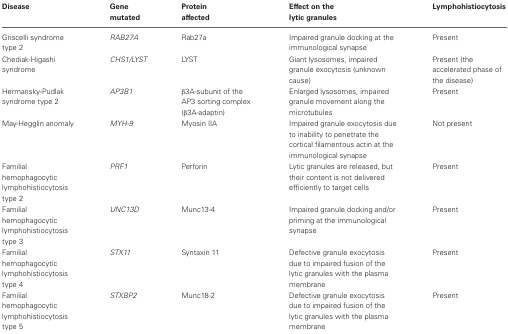
| Disease | Gene mutated | Protein affected | Effect on the lytic granules | Lymphohistiocytosis |
 | --- | --- | --- | --- | --- |
 | Griscelli syndrome type 2 | RAB27A | Rab27a | Impaired granule docking at the immunological synapse | Present |
 | Chediak-Higashi syndrome | CHS1/LYST | LYST | Giant lysosomes, impaired granule exocytosis (unknown cause) | Present (the accelerated phase of the disease) |
 | Hermansky-Pudlak syndrome type 2 | AP3B1 | β3A-subunit of the AP3 sorting complex (β3A-adaptin) | Enlarged lysosomes, impaired granule movement along the microtubules | Present |
 | May-Hegglin anomaly | MYH-9 | Myosin IIA | Impaired granule exocytosis due to inability to penetrate the cortical filamentous actin at the immunological synapse | Not present |
 | Familial hemophagocytic lymphohistiocytosis type 2 | PRF1 | Perforin | Lytic granules are released, but their content is not delivered efficiently to target cells | Present |
 | Familial hemophagocytic lymphohistiocytosis type 3 | UNC13D | Munc13-4 | Impaired granule docking and/or priming at the immunological synapse | Present |
 | Familial hemophagocytic lymphohistiocytosis type 4 | STX11 | Syntaxin 11 | Defective granule exocytosis due to impaired fusion of the lytic granules with the plasma membrane | Present |
 | Familial hemophagocytic lymphohistiocytosis type 5 | STXBP2 | Munc18-2 | Defective granule exocytosis due to impaired fusion of the lytic granules with the plasma membrane | Present |